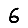
Digit: 6